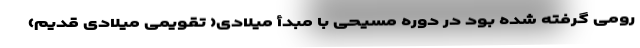
رومی گرفته شده بود در دورهٔ مسیحی با مبدأ میلادی( تقویمی میلادی قدیم)